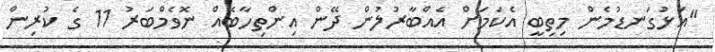
"އަޅުގަނޑުމެން މިތިބީ އެކަމަށް އެއްބާރުލުން ދޭން އިންތިހާބެއް ނޮވެމްބަރު 11 ގެ ކުރިން